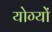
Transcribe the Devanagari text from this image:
योग्यों